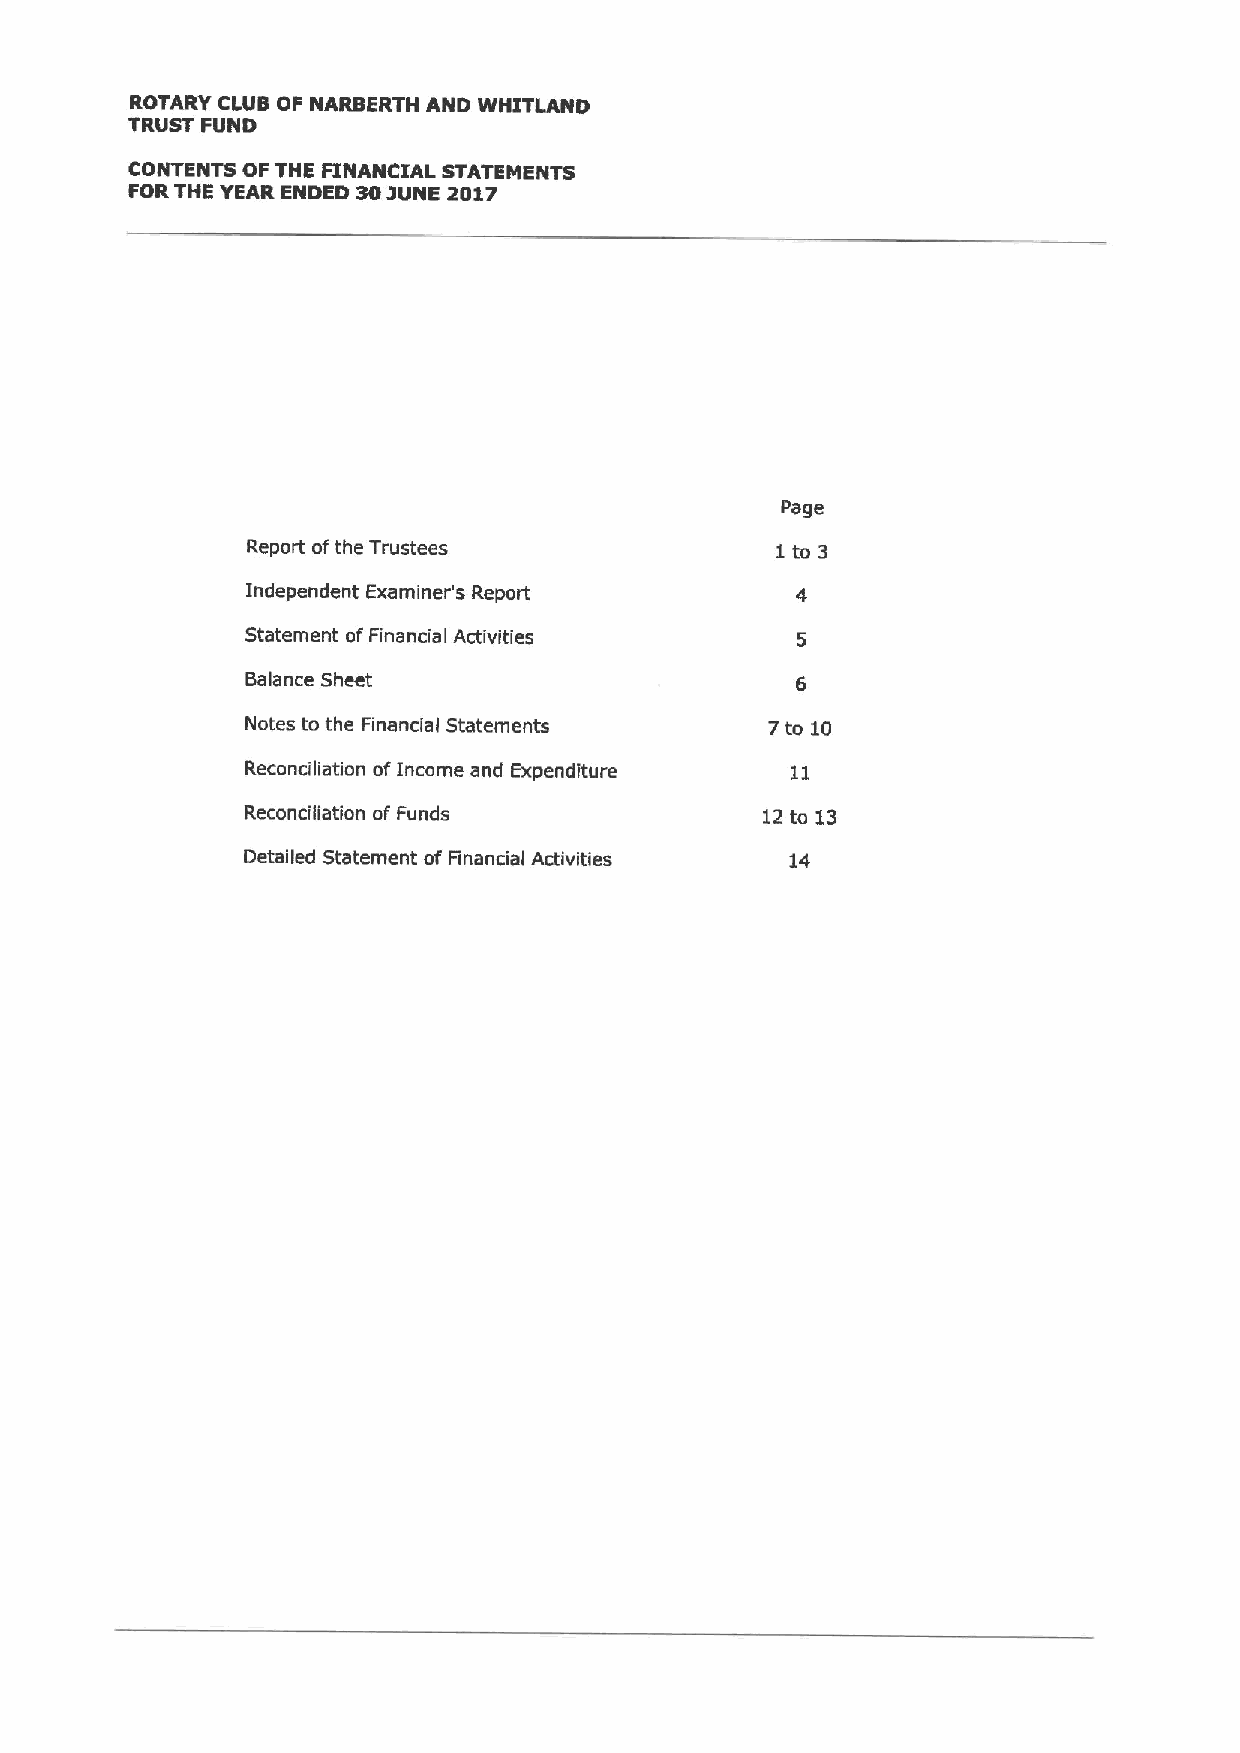
ROTARY CLUB OF NARBERTH AND WHITLAND
 TRUST FUND
 CONTENTS OF THE FINANCIAL STATEMENTS
 FORTHE YEAR ENDED 30IUNE 2017
 Page
 Report ofthe Trustees              1to 3
 Independent Examiner's Report
 Statement ofFinancial Activities
 Balance Sheet
 Notes to the Financial Statements  7to 10
 Reconciliation ofIncome and Expenditure
 Reconciliation of Funds           12to 13
 Detailed Statement of Financial Activities 14